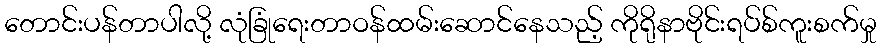
တောင်းပန်တာပါလို့ လုံခြုံရေးတာဝန်ထမ်းဆောင်နေသည့် ကိုရိုနာဗိုင်းရပ်စ်ကူးစက်မှု